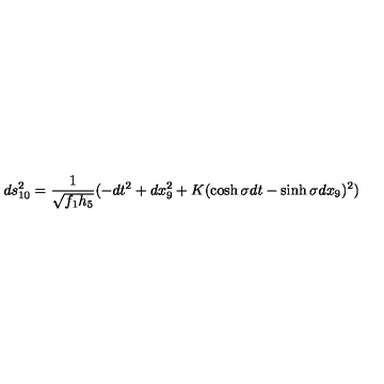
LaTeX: d s _ { 1 0 } ^ { 2 } = \frac { 1 } { \sqrt { f _ { 1 } h _ { 5 } } } ( - d t ^ { 2 } + d x _ { 9 } ^ { 2 } + K ( \cosh \sigma d t - \sinh \sigma d x _ { 9 } ) ^ { 2 } )